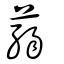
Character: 蒻